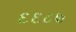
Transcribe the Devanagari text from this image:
६६८७